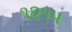
૧૨૧૫